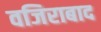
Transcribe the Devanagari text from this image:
वजिराबाद